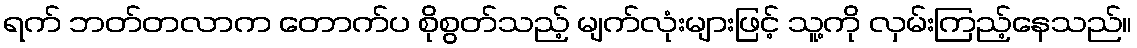
ရက် ဘတ်တလာက တောက်ပ စိုစွတ်သည့် မျက်လုံးများဖြင့် သူ့ကို လှမ်းကြည့်နေသည်။